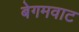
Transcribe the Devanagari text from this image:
बेगमवाट